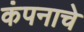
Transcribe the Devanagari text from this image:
कंपनाचे